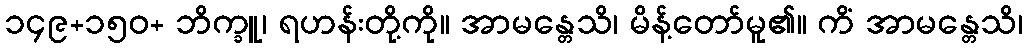
၁၄၉+၁၅၀+ ဘိက္ခူ၊ ရဟန်းတို့ကို။ အာမန္တေသိ၊ မိန့်တော်မူ၏။ ကိံ အာမန္တေသိ၊